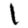
Digit: 1